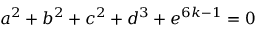
a ^ { 2 } + b ^ { 2 } + c ^ { 2 } + d ^ { 3 } + e ^ { 6 k - 1 } = 0